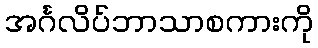
အင်္ဂလိပ်ဘာသာစကားကို